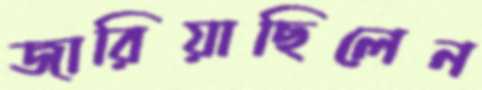
জারিয়াছিলেন